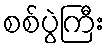
စစ်ပွဲကြီး